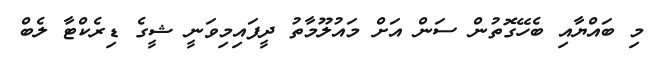
މި ބައްޔާއި ބެހޭގޮތުން ސަން އަށް މައުލޫމާތު ދީފައިމިވަނީ ޝީގެ ޑިރެކްޓާ ލެބް